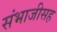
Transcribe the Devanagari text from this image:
संभाजीसह